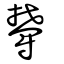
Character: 欝